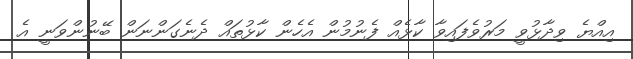
އިއްޔެ ވިދާޅުވީ މަރުވެފައިވާ ކާޅެއް ފެނުމުން އެހެން ކާޅުތައް ދެނެގަންނަން ބޭނުންވަނީ އެ